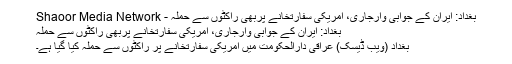
بغداد: ایران کے جوابی وارجاری، امریکی سفارتخانے پربھی راکٹوں سے حملہ - Shaoor Media Network
بغداد: ایران کے جوابی وارجاری، امریکی سفارتخانے پربھی راکٹوں سے حملہ
بغداد (ویب ڈٰیسک) عراقی دارالحکومت میں امریکی سفارتخانے پر راکٹوں سے حملہ کیا گیا ہے۔